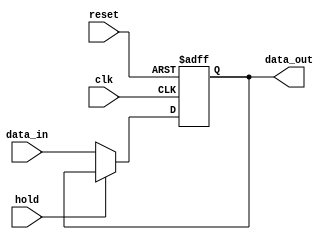
module hold_condition (
    input wire clk,          // Clock signal
    input wire reset,        // Reset signal
    input wire hold,         // Hold control signal
    input wire [7:0] data_in, // Data input
    output reg [7:0] data_out // Data output
);

    // Initial state
    initial begin
        data_out = 8'b0; // Initialize output to zero
    end

    // Sequential logic
    always @(posedge clk or posedge reset) begin
        if (reset) begin
            // Reset condition: initialize output
            data_out <= 8'b0; // Set output to predefined value
        end else if (hold) begin
            // Hold condition: retain current output value
            data_out <= data_out; // No change to output
        end else begin
            // Update output based on input data
            data_out <= data_in; // Update output with input data
        end
    end

endmodule